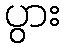
ပွား